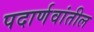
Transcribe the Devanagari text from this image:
पदार्णवांतील